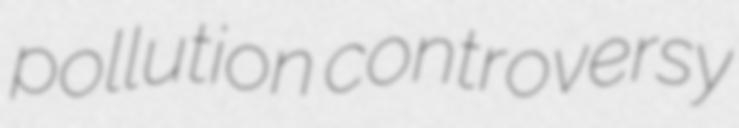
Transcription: pollution controversy